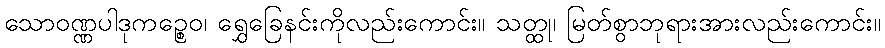
သောဝဏ္ဏပါဒုကဉ္စေဝ၊ ရွှေခြေနင်းကိုလည်းကောင်း။ သတ္ထု၊ မြတ်စွာဘုရားအားလည်းကောင်း။